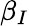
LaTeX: \beta_{I}